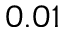
0 . 0 1